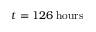
t = 1 2 6 \; \mathrm { h o u r s }